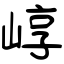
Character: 崞